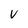
Character: V